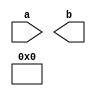
module rho(a,b);
    input [63:0] a;
    wire [63:0] c0,c1,c2,c3,c4,c5,c6,c7,c8,c9,c10,c11,c12,c13,c14,c15,c16,c17,c18,c19,c20,c21,c22,c23,c24;
    output [63:0]b;
    genvar t,z;
    assign c0[0]=a[63:0];
    for (t=0;t<24;t=t+1)
    begin 
       for (z=0;z<64;z=z+1)
       begin     
          assign  c[t+1]=c[(z-((t+1)*(t+2))/2)%64];
       end 
    end
    assign b[63:0]=c[23];

endmodule